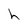
Character: h